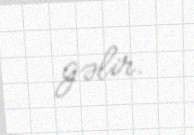
gəlir.